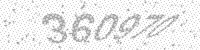
Solution: 360970